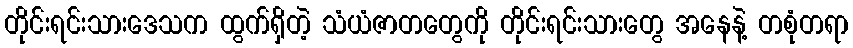
တိုင်းရင်းသားဒေသက ထွက်ရှိတဲ့ သံယံဇာတတွေကို တိုင်းရင်းသားတွေ အနေနဲ့ တစုံတရာ